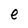
Character: e